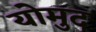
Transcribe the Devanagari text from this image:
योमुद